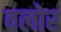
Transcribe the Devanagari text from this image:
वलोर